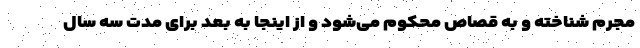
مجرم شناخته و به قصاص محکوم می‌شود و از اینجا به بعد برای مدت سه سال